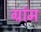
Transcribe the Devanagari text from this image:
ग्रांम